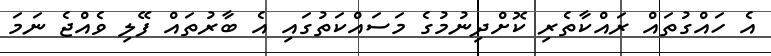
އެ ހައްގުތައް ރައްކާތެރި ކޮށްދިނުމުގެ މަސައްކަތުގައި އެ ބާރުތައް ފޭލި ވެއްޖެ ނަމަ